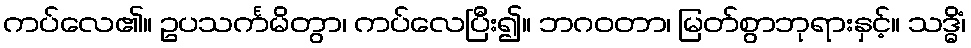
ကပ်လေ၏။ ဥပသင်္ကမိတွာ၊ ကပ်လေပြီး၍။ ဘဂဝတာ၊ မြတ်စွာဘုရားနှင့်။ သဒ္ဓိံ၊